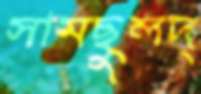
সামছুলদ্